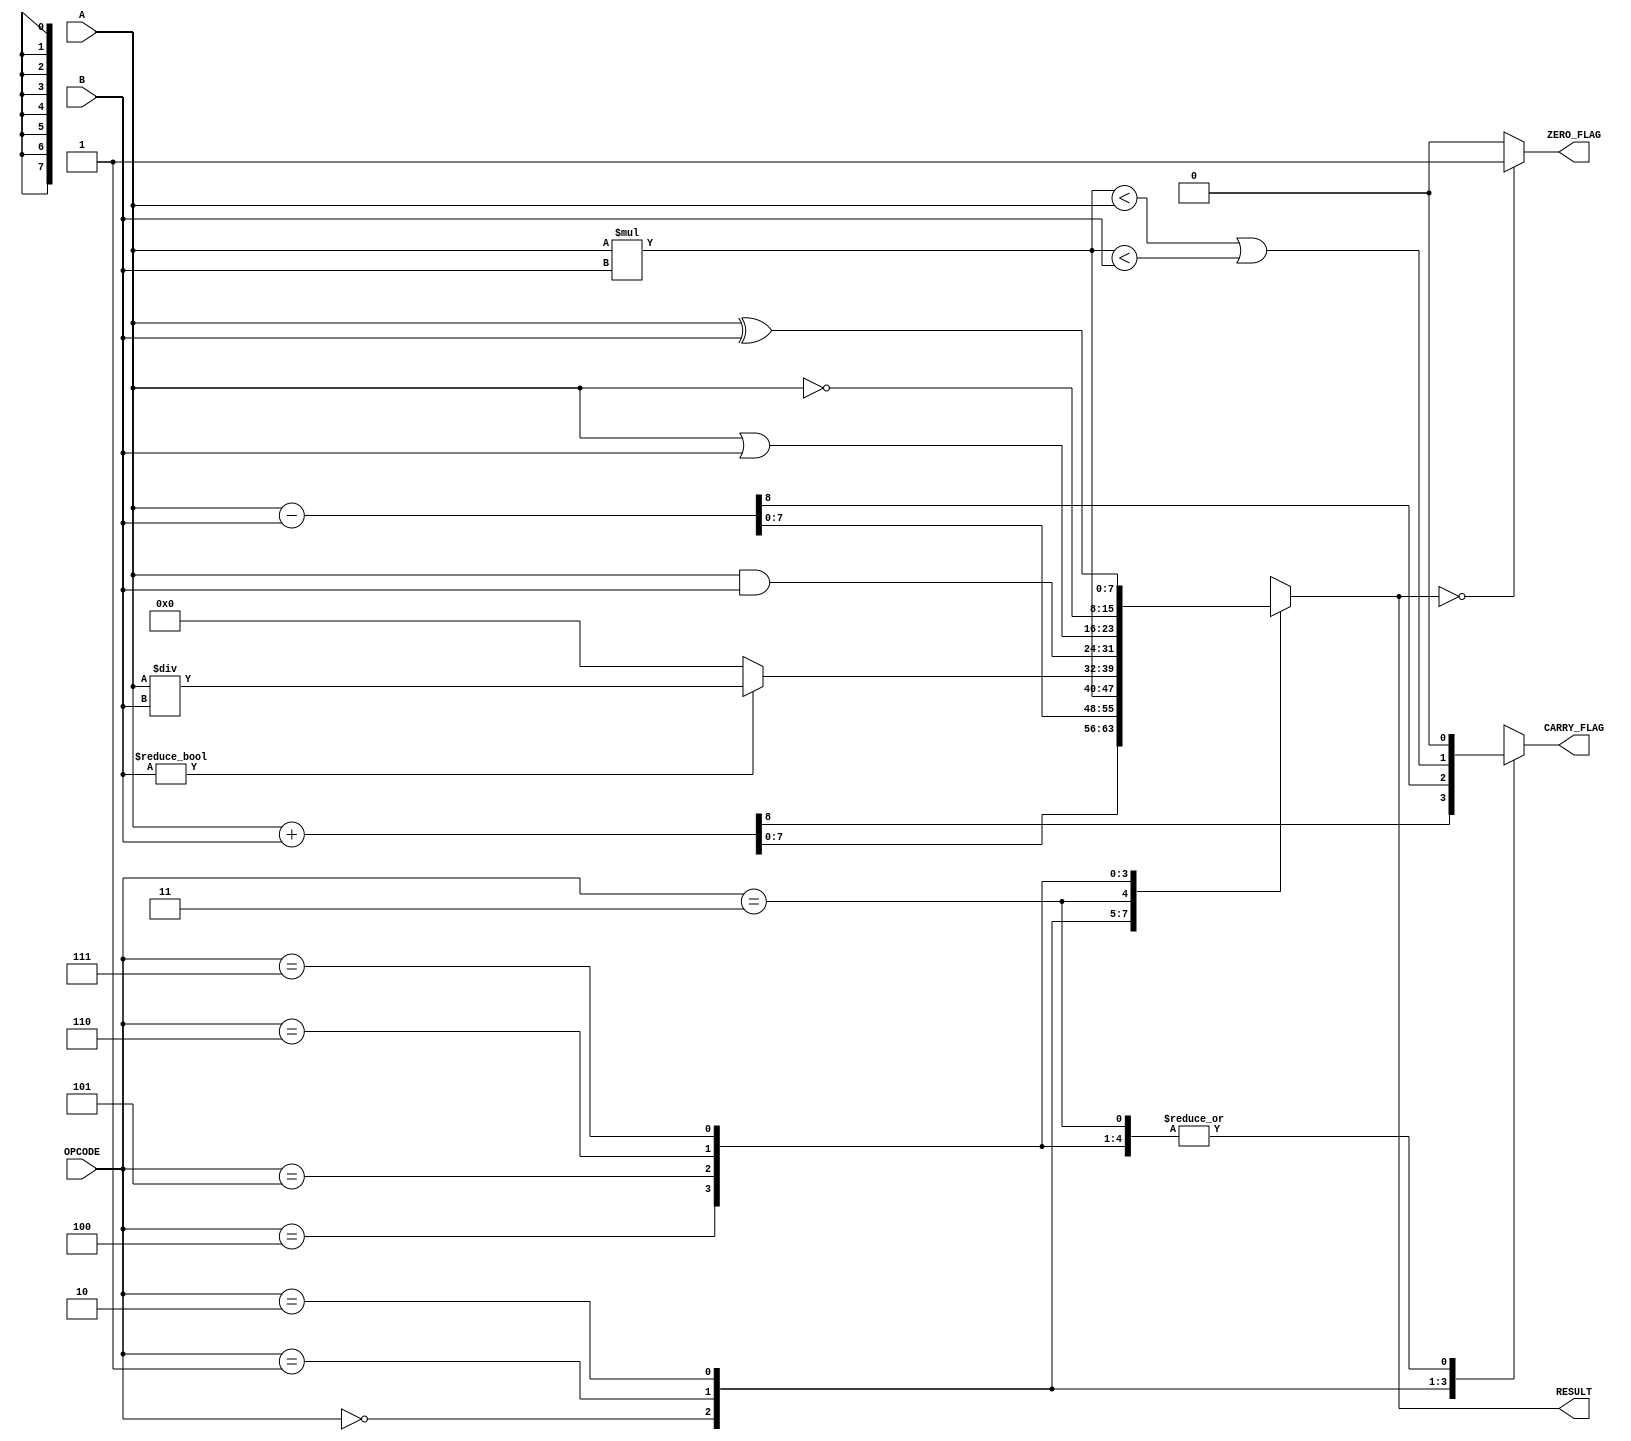
module Parameterized_ALU #(
    parameter DATA_WIDTH = 8,          // Bit-width of input and output data
    parameter OPERATION_COUNT = 8       // Number of operations supported
)(
    input  wire [DATA_WIDTH-1:0] A,    // First operand
    input  wire [DATA_WIDTH-1:0] B,    // Second operand
    input  wire [$clog2(OPERATION_COUNT)-1:0] OPCODE, // Operation code
    output reg [DATA_WIDTH-1:0] RESULT, // Result of the operation
    output reg ZERO_FLAG,               // Zero flag
    output reg CARRY_FLAG               // Carry flag
);

    // Define operation codes
    localparam ADD      = 3'b000;
    localparam SUB      = 3'b001;
    localparam MUL      = 3'b010;
    localparam DIV      = 3'b011;
    localparam AND      = 3'b100;
    localparam OR       = 3'b101;
    localparam NOT      = 3'b110;
    localparam XOR      = 3'b111;

    always @(*) begin
        // Default values
        RESULT = 0;
        ZERO_FLAG = 0;
        CARRY_FLAG = 0;

        case (OPCODE)
            ADD: begin
                {CARRY_FLAG, RESULT} = A + B; // Capture carry out
            end
            SUB: begin
                {CARRY_FLAG, RESULT} = A - B; // Capture borrow
            end
            MUL: begin
                RESULT = A * B; // Multiplication
                CARRY_FLAG = (RESULT < A || RESULT < B); // Check for overflow
            end
            DIV: begin
                if (B != 0) begin
                    RESULT = A / B; // Division
                end else begin
                    RESULT = 0; // Handle division by zero
                end
            end
            AND: begin
                RESULT = A & B; // Bitwise AND
            end
            OR: begin
                RESULT = A | B; // Bitwise OR
            end
            NOT: begin
                RESULT = ~A; // Bitwise NOT
            end
            XOR: begin
                RESULT = A ^ B; // Bitwise XOR
            end
            default: begin
                RESULT = 0; // Default case
            end
        endcase

        // Update ZERO_FLAG
        if (RESULT == 0) begin
            ZERO_FLAG = 1;
        end else begin
            ZERO_FLAG = 0;
        end
    end

endmodule